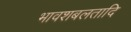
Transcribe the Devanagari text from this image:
भावशबलतादि